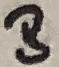
Text: B